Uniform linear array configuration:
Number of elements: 32
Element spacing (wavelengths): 1
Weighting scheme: hann
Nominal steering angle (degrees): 45
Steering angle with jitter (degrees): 46.47
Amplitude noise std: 0.05
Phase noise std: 0.05

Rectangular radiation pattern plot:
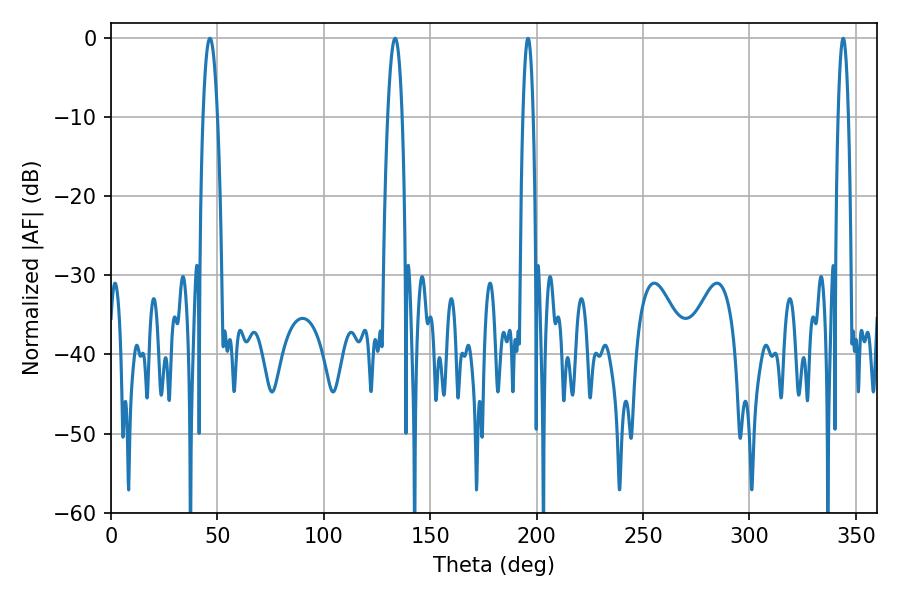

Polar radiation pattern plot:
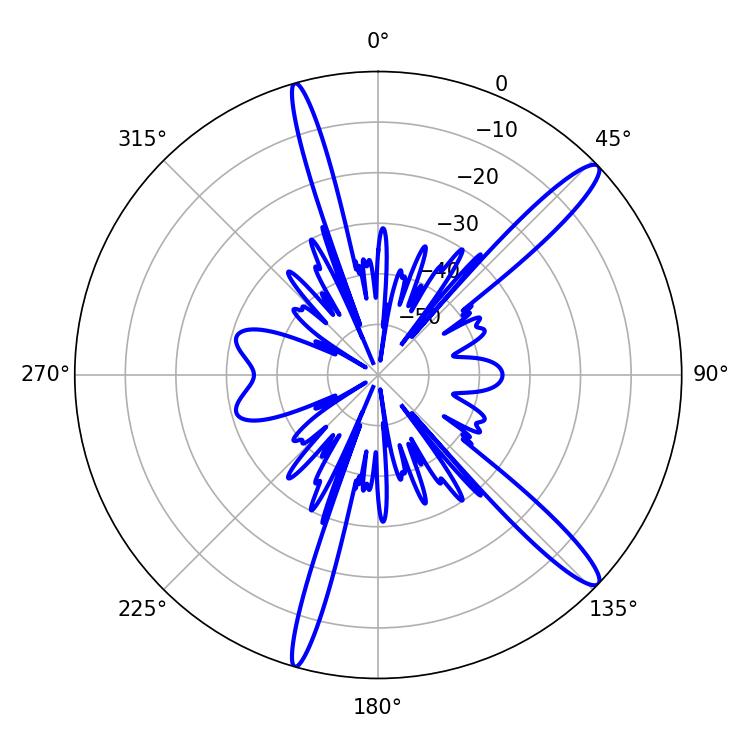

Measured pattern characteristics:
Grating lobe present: TRUE
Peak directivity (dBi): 14.26
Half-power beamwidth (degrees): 3.78
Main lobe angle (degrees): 46.44